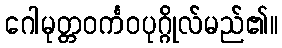
ဂေါမုတ္တဝင်္ကဝပုဂ္ဂိုလ်မည်၏။